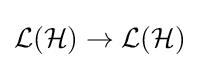
{\mathcal {L}}({\mathcal {H}})\rightarrow {\mathcal {L}}({\mathcal {H}})